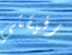
رفيقتي